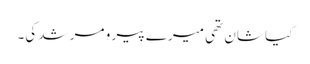
کیا شان تھی میرے پیر و مرشد کی۔